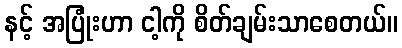
နင့် အပြုံးဟာ ငါ့ကို စိတ်ချမ်းသာစေတယ်။